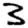
Digit: 3